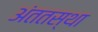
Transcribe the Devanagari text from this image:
अंततस्था